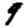
Digit: 9